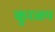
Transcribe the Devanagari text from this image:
कुरळप